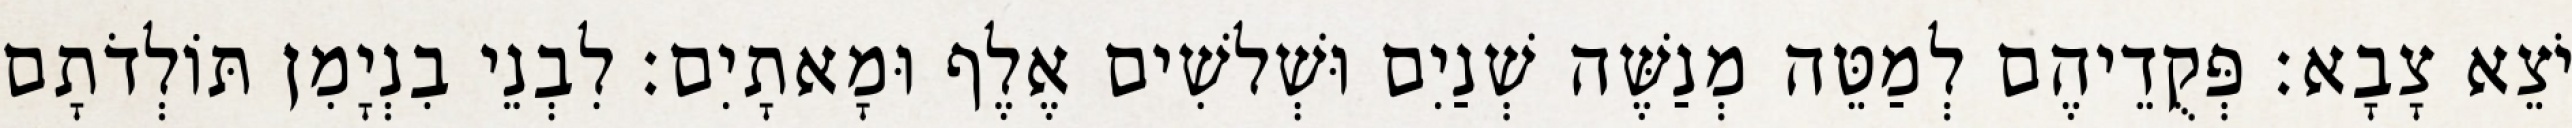
יֹצֵא צָבָא׃ פְּקֻדֵיהֶם לְמַטֵּה מְנַשֶּׁה שְׁנַיִם וּשְׁלשִׁים אֶלֶף וּמָאתָיִם׃ לִבְנֵי בִנְיָמִן תּוֹלְדֹתָם